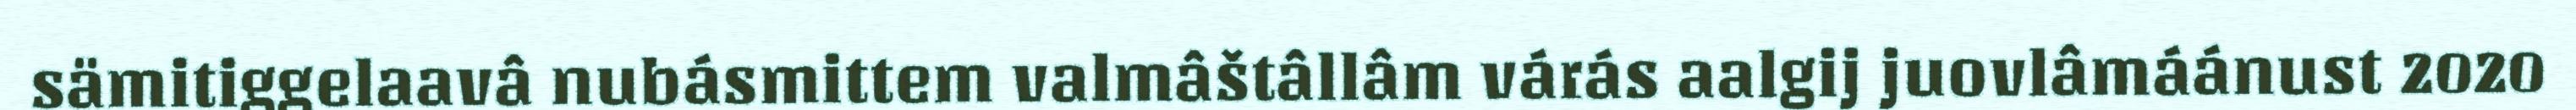
sämitiggelaavâ nubásmittem valmâštâllâm várás aalgij juovlâmáánust 2020